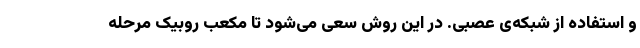
و استفاده از شبکه‌ی عصبی. در این روش سعی می‌شود تا مکعب روبیک مرحله